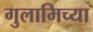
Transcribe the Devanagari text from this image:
गुलामिच्या